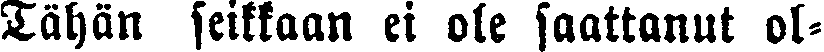
Tähän seikkaan ei ole saattanut ol-